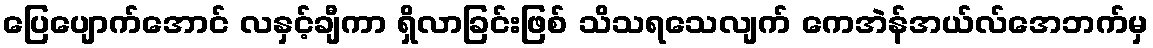
ပြေပျောက်အောင် လနှင့်ချီကာ ရှိလာခြင်းဖြစ် သိသရသေလျက် ကေအဲန်အယ်လ်အေဘက်မှ